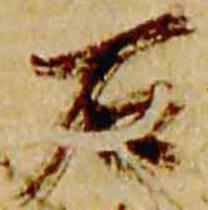
石